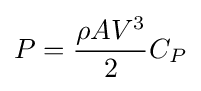
P={\frac {\rho AV^{3}}{2}}C_{P}